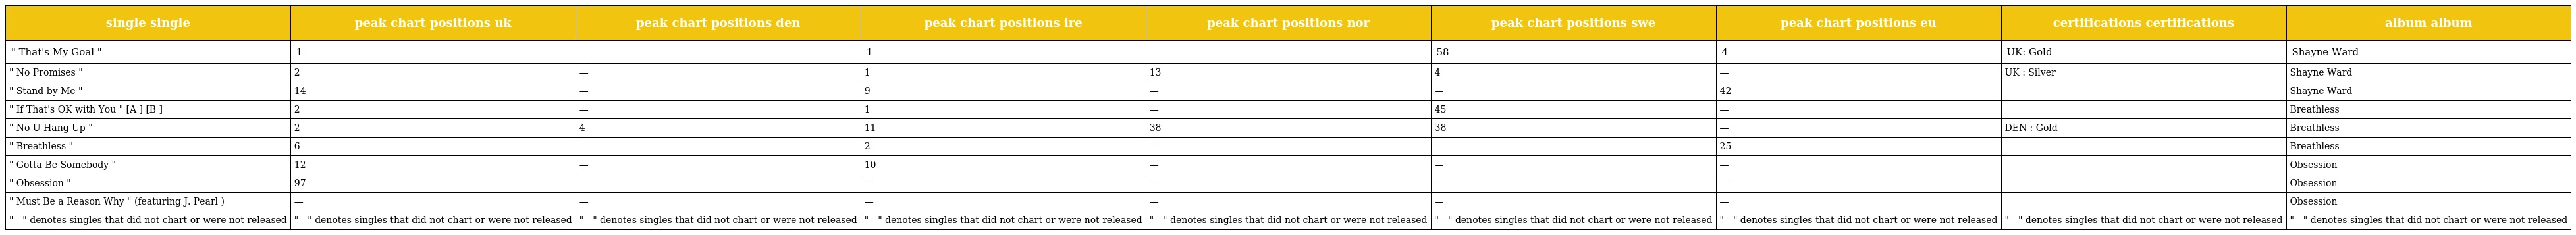
| single single | peak chart positions uk | peak chart positions den | peak chart positions ire | peak chart positions nor | peak chart positions swe | peak chart positions eu | certifications certifications | album album |
 | --- | --- | --- | --- | --- | --- | --- | --- | --- |
 | " That's My Goal " | 1 | — | 1 | — | 58 | 4 | UK: Gold | Shayne Ward |
 | " No Promises " | 2 | — | 1 | 13 | 4 | — | UK : Silver | Shayne Ward |
 | " Stand by Me " | 14 | — | 9 | — | — | 42 |  | Shayne Ward |
 | " If That's OK with You " [A ] [B ] | 2 | — | 1 | — | 45 | — |  | Breathless |
 | " No U Hang Up " | 2 | 4 | 11 | 38 | 38 | — | DEN : Gold | Breathless |
 | " Breathless " | 6 | — | 2 | — | — | 25 |  | Breathless |
 | " Gotta Be Somebody " | 12 | — | 10 | — | — | — |  | Obsession |
 | " Obsession " | 97 | — | — | — | — | — |  | Obsession |
 | " Must Be a Reason Why " (featuring J. Pearl ) | — | — | — | — | — | — |  | Obsession |
 | "—" denotes singles that did not chart or were not released | "—" denotes singles that did not chart or were not released | "—" denotes singles that did not chart or were not released | "—" denotes singles that did not chart or were not released | "—" denotes singles that did not chart or were not released | "—" denotes singles that did not chart or were not released | "—" denotes singles that did not chart or were not released | "—" denotes singles that did not chart or were not released | "—" denotes singles that did not chart or were not released |